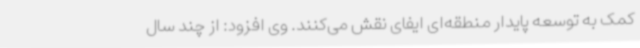
کمک به توسعه پایدار منطقه‌ای ایفای نقش می‌کنند. وی افزود: از چند سال